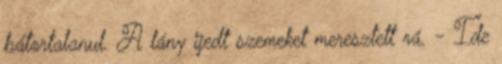
bátortalanul. A lány ijedt szemeket meresztett rá. - Ide